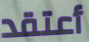
أعتقد